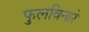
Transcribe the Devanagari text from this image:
फुलविनारे